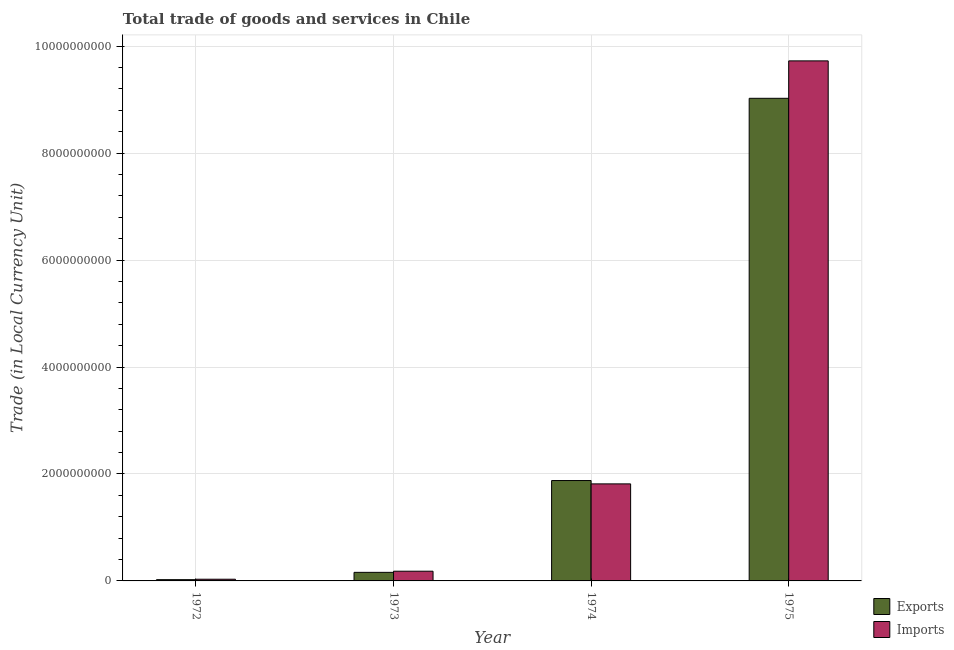
| Year | Exports | Imports |
 | --- | --- | --- |
 | 1972 | 2.36e+07 | 3.18e+07 |
 | 1973 | 1.6e+08 | 1.82e+08 |
 | 1974 | 1.88e+09 | 1.81e+09 |
 | 1975 | 9.03e+09 | 9.73e+09 |